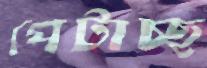
পেটাচ্ছ